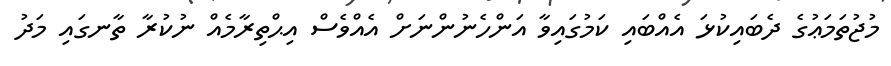
މުޖުތަމަޢުގެ ދެބައިކުޅަ އެއްބައި ކަމުގައިވާ އަންހެނުންނަށް އެއްވެސް އިޙްތިރާމެއް ނުކުރާ ތާނގައި މަދު